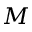
M